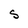
Character: S